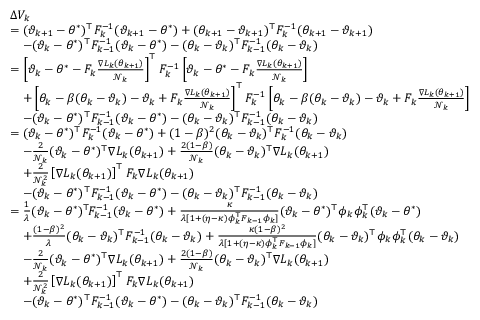
\begin{array} { r l } & { \Delta V _ { k } } \\ & { = ( \vartheta _ { k + 1 } - \theta ^ { * } ) ^ { \top } F _ { k } ^ { - 1 } ( \vartheta _ { k + 1 } - \theta ^ { * } ) + ( \theta _ { k + 1 } - \vartheta _ { k + 1 } ) ^ { \top } F _ { k } ^ { - 1 } ( \theta _ { k + 1 } - \vartheta _ { k + 1 } ) } \\ & { \quad - ( \vartheta _ { k } - \theta ^ { * } ) ^ { \top } F _ { k - 1 } ^ { - 1 } ( \vartheta _ { k } - \theta ^ { * } ) - ( \theta _ { k } - \vartheta _ { k } ) ^ { \top } F _ { k - 1 } ^ { - 1 } ( \theta _ { k } - \vartheta _ { k } ) } \\ & { = \left[ \vartheta _ { k } - \theta ^ { * } - F _ { k } \frac { \nabla L _ { k } ( \theta _ { k + 1 } ) } { \mathcal { N } _ { k } } \right] ^ { \top } F _ { k } ^ { - 1 } \left[ \vartheta _ { k } - \theta ^ { * } - F _ { k } \frac { \nabla L _ { k } ( \theta _ { k + 1 } ) } { \mathcal { N } _ { k } } \right] } \\ & { \quad + \left[ \theta _ { k } - \beta ( \theta _ { k } - \vartheta _ { k } ) - \vartheta _ { k } + F _ { k } \frac { \nabla L _ { k } ( \theta _ { k + 1 } ) } { \mathcal { N } _ { k } } \right] ^ { \top } F _ { k } ^ { - 1 } \left[ \theta _ { k } - \beta ( \theta _ { k } - \vartheta _ { k } ) - \vartheta _ { k } + F _ { k } \frac { \nabla L _ { k } ( \theta _ { k + 1 } ) } { \mathcal { N } _ { k } } \right] } \\ & { \quad - ( \vartheta _ { k } - \theta ^ { * } ) ^ { \top } F _ { k - 1 } ^ { - 1 } ( \vartheta _ { k } - \theta ^ { * } ) - ( \theta _ { k } - \vartheta _ { k } ) ^ { \top } F _ { k - 1 } ^ { - 1 } ( \theta _ { k } - \vartheta _ { k } ) } \\ & { = ( \vartheta _ { k } - \theta ^ { * } ) ^ { \top } F _ { k } ^ { - 1 } ( \vartheta _ { k } - \theta ^ { * } ) + ( 1 - \beta ) ^ { 2 } ( \theta _ { k } - \vartheta _ { k } ) ^ { \top } F _ { k } ^ { - 1 } ( \theta _ { k } - \vartheta _ { k } ) } \\ & { \quad - \frac { 2 } { \mathcal { N } _ { k } } ( \vartheta _ { k } - \theta ^ { * } ) ^ { \top } \nabla L _ { k } ( \theta _ { k + 1 } ) + \frac { 2 ( 1 - \beta ) } { \mathcal { N } _ { k } } ( \theta _ { k } - \vartheta _ { k } ) ^ { \top } \nabla L _ { k } ( \theta _ { k + 1 } ) } \\ & { \quad + \frac { 2 } { \mathcal { N } _ { k } ^ { 2 } } \left[ \nabla L _ { k } ( \theta _ { k + 1 } ) \right] ^ { \top } F _ { k } \nabla L _ { k } ( \theta _ { k + 1 } ) } \\ & { \quad - ( \vartheta _ { k } - \theta ^ { * } ) ^ { \top } F _ { k - 1 } ^ { - 1 } ( \vartheta _ { k } - \theta ^ { * } ) - ( \theta _ { k } - \vartheta _ { k } ) ^ { \top } F _ { k - 1 } ^ { - 1 } ( \theta _ { k } - \vartheta _ { k } ) } \\ & { = \frac { 1 } { \lambda } ( \vartheta _ { k } - \theta ^ { * } ) ^ { \top } \! F _ { k - 1 } ^ { - 1 } ( \vartheta _ { k } - \theta ^ { * } ) + \frac { \kappa } { \lambda [ 1 + ( \eta - \kappa ) \phi _ { k } ^ { \top } F _ { k - 1 } \phi _ { k } ] } ( \vartheta _ { k } - \theta ^ { * } ) ^ { \top } \phi _ { k } \phi _ { k } ^ { \top } ( \vartheta _ { k } - \theta ^ { * } ) } \\ & { \quad + \frac { ( 1 - \beta ) ^ { 2 } } { \lambda } ( \theta _ { k } - \vartheta _ { k } ) ^ { \top } F _ { k - 1 } ^ { - 1 } ( \theta _ { k } - \vartheta _ { k } ) + \frac { \kappa ( 1 - \beta ) ^ { 2 } } { \lambda [ 1 + ( \eta - \kappa ) \phi _ { k } ^ { \top } F _ { k - 1 } \phi _ { k } ] } ( \theta _ { k } - \vartheta _ { k } ) ^ { \top } \phi _ { k } \phi _ { k } ^ { \top } ( \theta _ { k } - \vartheta _ { k } ) } \\ & { \quad - \frac { 2 } { \mathcal { N } _ { k } } ( \vartheta _ { k } - \theta ^ { * } ) ^ { \top } \nabla L _ { k } ( \theta _ { k + 1 } ) + \frac { 2 ( 1 - \beta ) } { \mathcal { N } _ { k } } ( \theta _ { k } - \vartheta _ { k } ) ^ { \top } \nabla L _ { k } ( \theta _ { k + 1 } ) } \\ & { \quad + \frac { 2 } { \mathcal { N } _ { k } ^ { 2 } } \left[ \nabla L _ { k } ( \theta _ { k + 1 } ) \right] ^ { \top } F _ { k } \nabla L _ { k } ( \theta _ { k + 1 } ) } \\ & { \quad - ( \vartheta _ { k } - \theta ^ { * } ) ^ { \top } F _ { k - 1 } ^ { - 1 } ( \vartheta _ { k } - \theta ^ { * } ) - ( \theta _ { k } - \vartheta _ { k } ) ^ { \top } F _ { k - 1 } ^ { - 1 } ( \theta _ { k } - \vartheta _ { k } ) } \end{array}